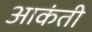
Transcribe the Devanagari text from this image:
आकंती